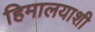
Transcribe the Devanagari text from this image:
हिमालयाशी